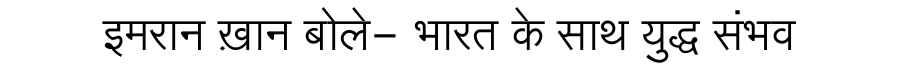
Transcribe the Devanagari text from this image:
इमरान ख़ान बोले- भारत के साथ युद्ध संभव